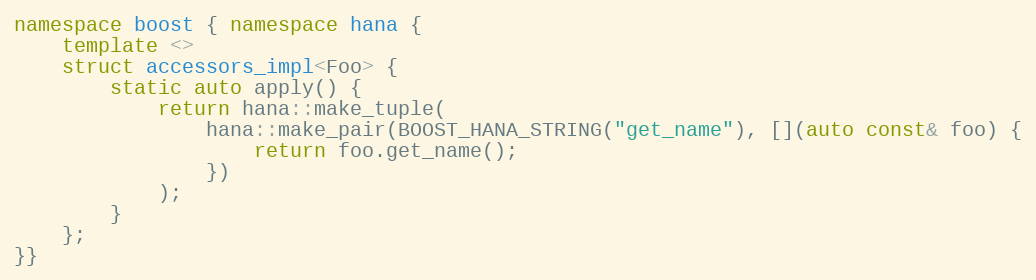
Language: C++
namespace boost { namespace hana {
    template <>
    struct accessors_impl<Foo> {
        static auto apply() {
            return hana::make_tuple(
                hana::make_pair(BOOST_HANA_STRING("get_name"), [](auto const& foo) {
                    return foo.get_name();
                })
            );
        }
    };
}}